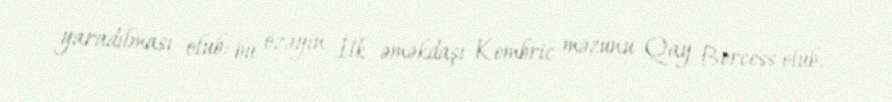
yaradılması olub: bu özəyin İlk əməkdaşı Kembric məzunu Qay Bercess olub,